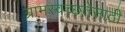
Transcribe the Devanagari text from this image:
ग्रामस्वच्छतेसाठी